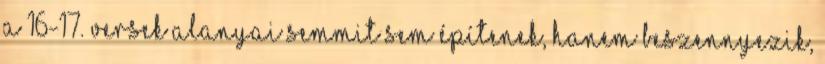
A 16-17. versek alanyai semmit sem építenek, hanem beszennyezik,